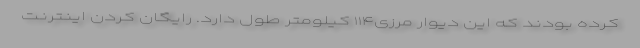
کرده بودند که این دیوار مرزی۱۱۴ کیلومتر طول دارد. رایگان کردن اینترنت